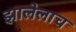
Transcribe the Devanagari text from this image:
झालेलाच